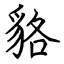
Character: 貉